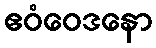
ဧဝံဝေဒနော